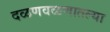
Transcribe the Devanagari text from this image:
दळणवळणातल्या